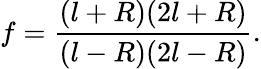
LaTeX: f=\frac{(l+R)(2l+R)}{(l-R)(2l-R)}.